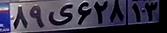
۸۹ی۶۲۸۱۳